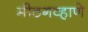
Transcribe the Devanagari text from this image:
मीठगव्हाणे